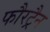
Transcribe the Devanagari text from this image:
फौरट्रैन